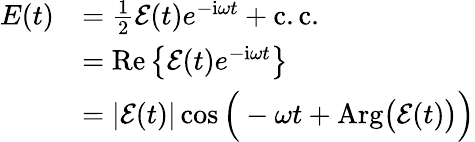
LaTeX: \begin{array}{rl}{E(t)}&{=\frac{1}{2}\mathcal{E}(t)e^{-\mathrm{{i}}\omega t}+\mathrm{c.c.}}\\ &{={\mathrm{Re}}\left\{ \mathcal{E}(t)e^{-{\mathrm{i}}\omega t}\right\} }\\ &{=|\mathcal{E}(t)|\cos{\Big(-\omega t+\mathrm{Arg}\big(\mathcal{E}(t)\big)\Big)}}\end{array}